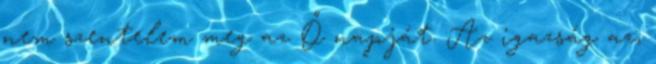
nem szentelem meg az Ő napját. Az igazság az,